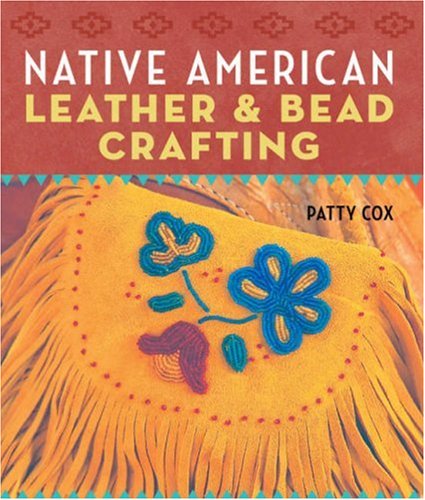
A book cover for Native American Leather & Bead Crafting; Patty Cox; Crafts, Hobbies & Home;